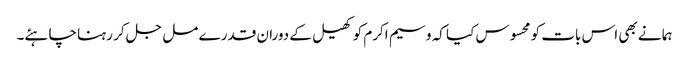
ہما نے بھی اس بات کو محسوس کیا کہ وسیم اکرم کو کھیل کے دوران قدرے مل جل کر رہنا چاہئے۔